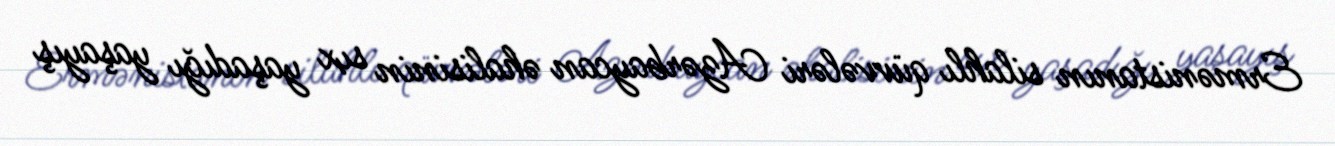
Ermənistanın silahlı qüvvələri Azərbaycan əhalisinin sıx yaşadığı yaşayış